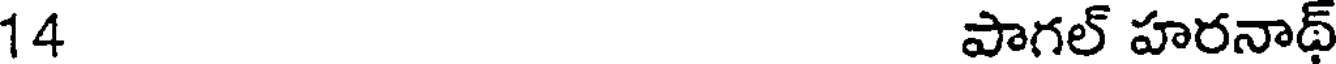
14 పాగల్ హరనాథ్